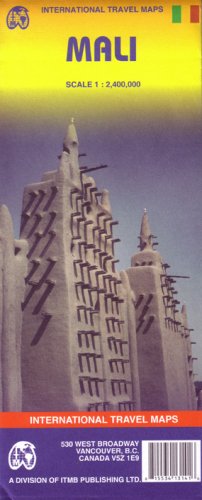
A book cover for Mali; International Travel maps; Travel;